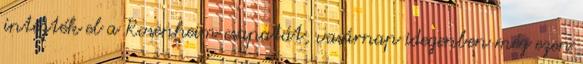
intézték el a Rosenheim csapatát, vasárnap idegenben még ezen